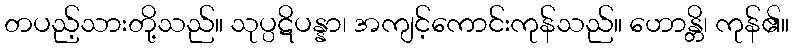
တပည့်သားတို့သည်။ သုပ္ပဋိပန္နာ၊ အကျင့်ကောင်းကုန်သည်။ ဟောန္တိ၊ ကုန်၏။